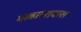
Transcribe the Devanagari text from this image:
मल्हाररावास